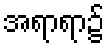
အရာရာ၌